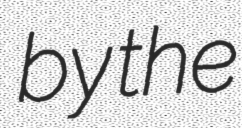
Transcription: by the